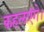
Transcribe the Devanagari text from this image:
कहलएंगे।